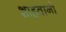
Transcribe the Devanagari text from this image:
शाहवानी